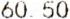
60.50